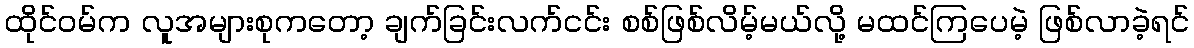
ထိုင်ဝမ်က လူအများစုကတော့ ချက်ခြင်းလက်ငင်း စစ်ဖြစ်လိမ့်မယ်လို့ မထင်ကြပေမဲ့ ဖြစ်လာခဲ့ရင်